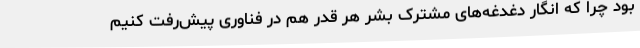
بود چرا که انگار دغدغه‌های مشترک بشر هر قدر هم در فناوری پیش‌رفت کنیم